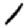
Digit: 1